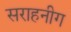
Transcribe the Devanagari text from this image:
सराहनीग